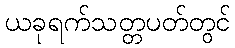
ယခုရက်သတ္တပတ်တွင်